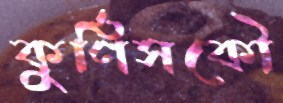
কুর্ণিসকৌ